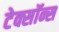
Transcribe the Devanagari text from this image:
टेक्सॉन्स